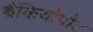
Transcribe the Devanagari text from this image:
ब्रैंकियोपॉड